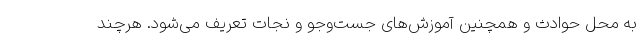
به محل حوادث و همچنین آموزش‌های جست‌وجو و نجات تعریف می‌شود. هرچند